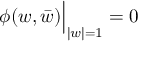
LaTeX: \phi ( w , \bar { w } ) \Bigr | _ { | w | = 1 } = 0